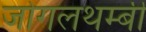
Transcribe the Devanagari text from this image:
जोगलथम्बी